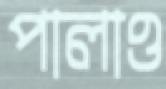
পালাও